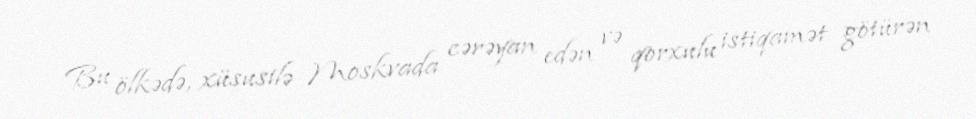
Bu ölkədə, xüsusilə Moskvada cərəyan edən və qorxulu istiqamət götürən